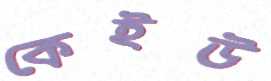
কেইউ